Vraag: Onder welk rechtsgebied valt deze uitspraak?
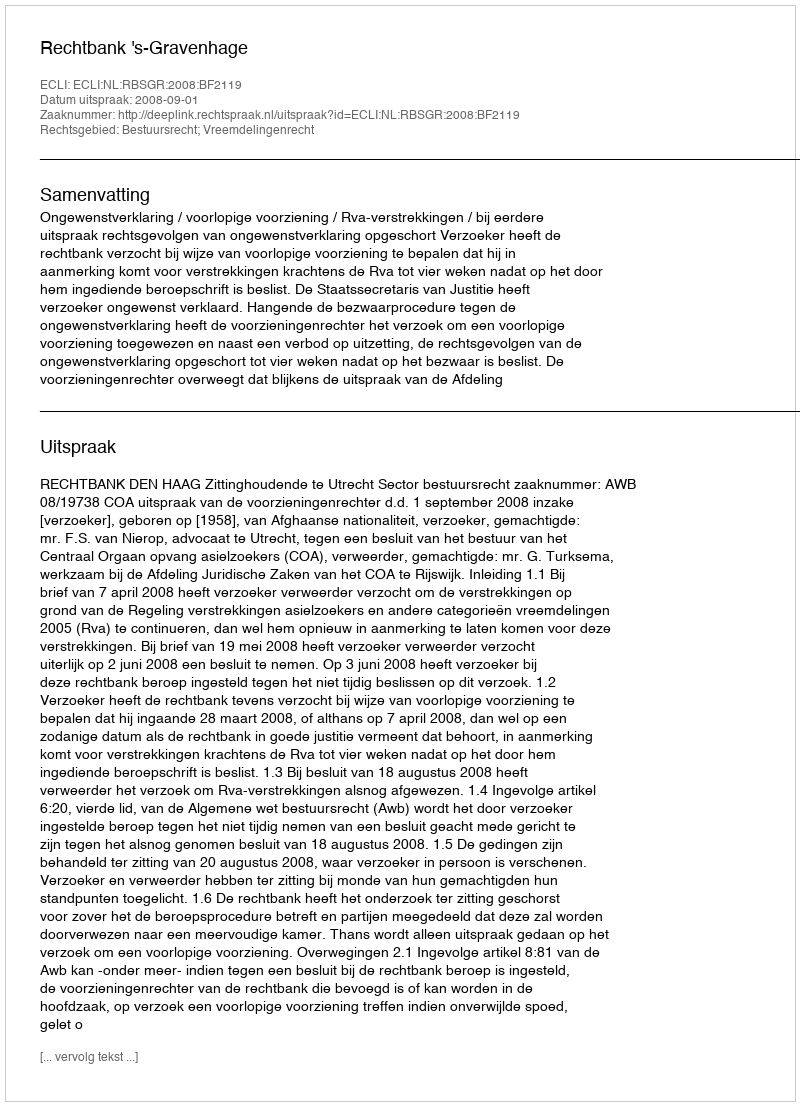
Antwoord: Bestuursrecht; Vreemdelingenrecht